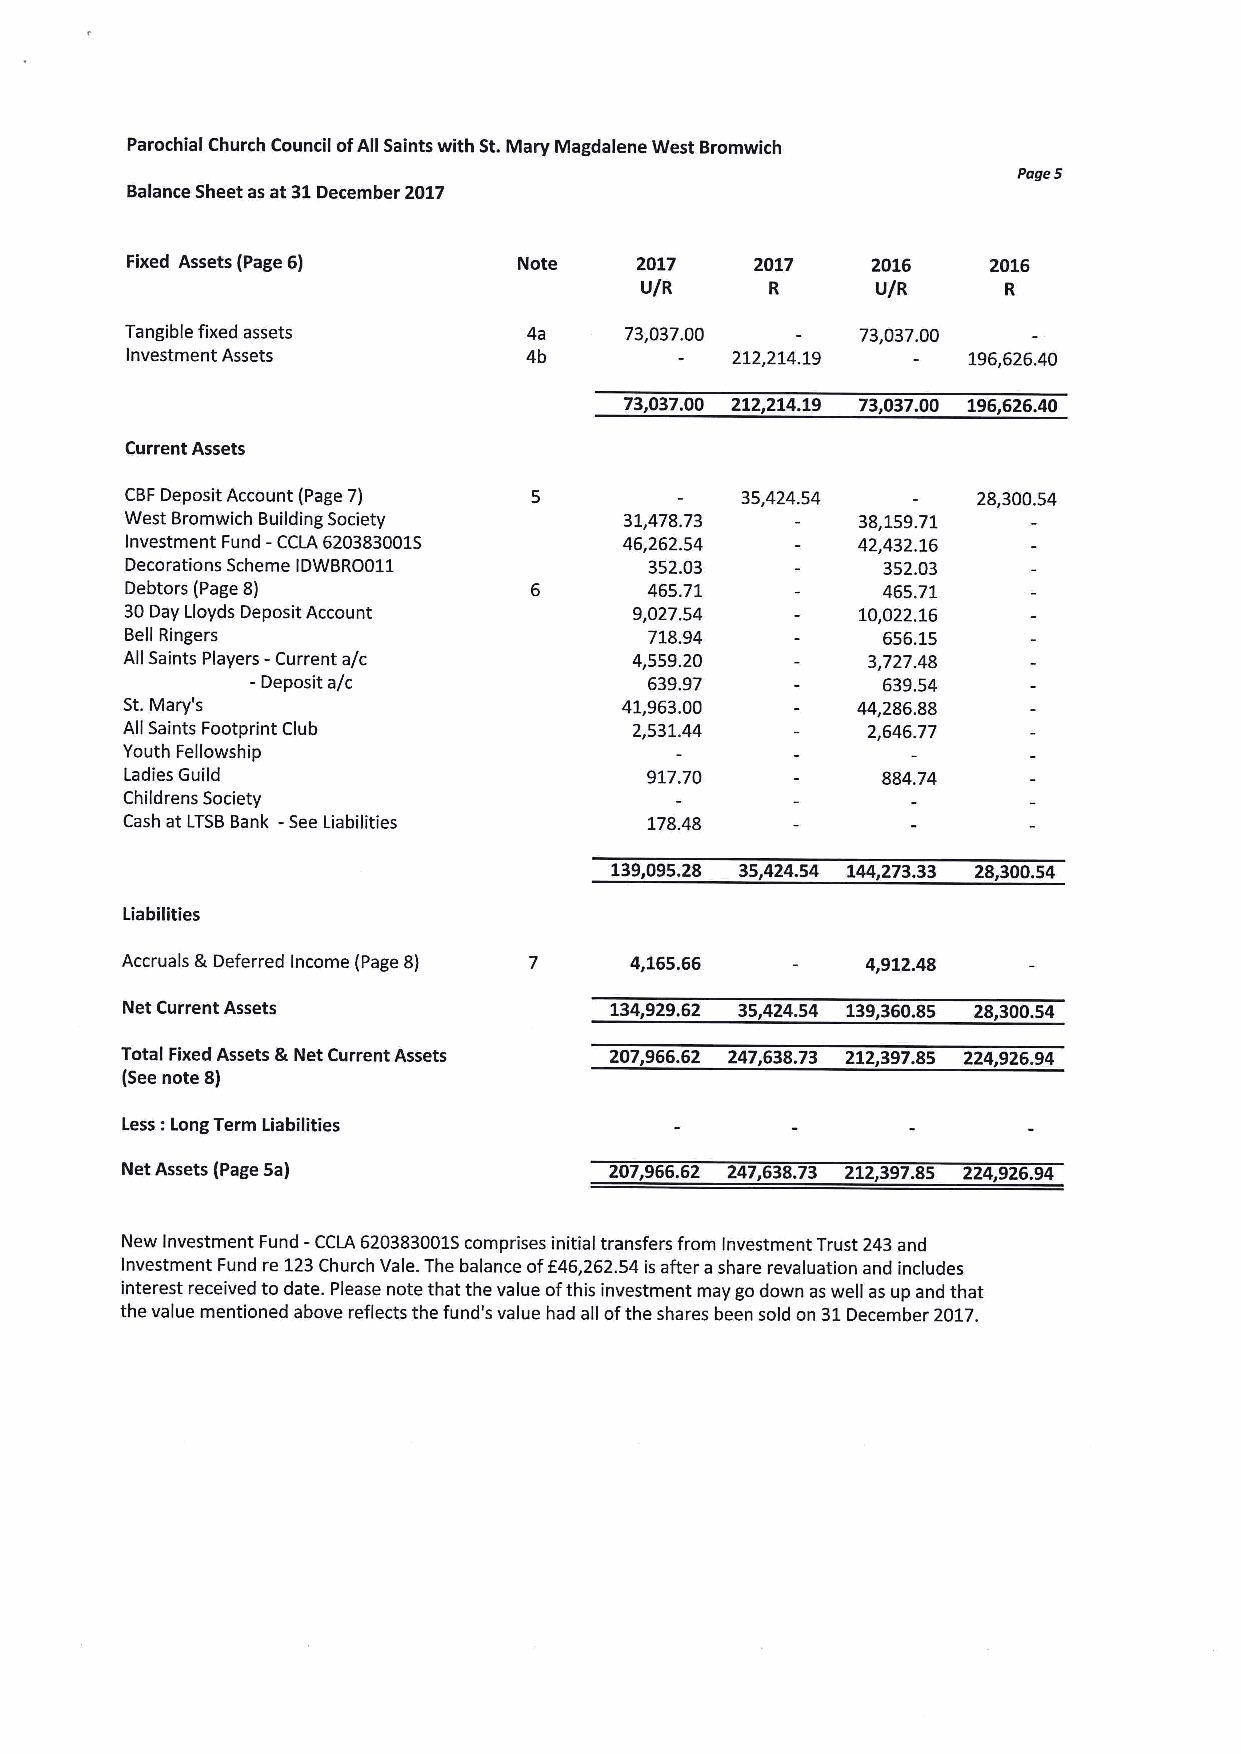
Parochial Church Council ofAll Saints with St.Mary Magdalene West Bromwich
 Pages
 Balance Sheet as at 31December 2017
 Fixed Assets (Page 6)     Note    2017    2017    2016   2016
 U/R      R      U/R     R
 Tangible fixed assets      4a    73,037.00       73,037.00
 Investment Assets          4b           212,214.19      196,626.40
 73,037.00 212,214.19 73,037.00 196,626.40
 Current Assets
 CBFDeposit Account (Page 7)              35,424.54       28,300.54
 West Bromwich Building Society   31,478.73       38,159.71
 Investment Fund - CCLA 6203830015 46,262.54      42,432.16
 Decorations Scheme IDWBRO011       352.03         352.03
 Debtors (Page 8)                   465.71         465.71
 30Day Lloyds Deposit Account      9,027.54       10,022.16
 Bell Ringers                       718.94         656.15
 All Saints Players - Current a/c  4,559.20       3,72748
 —Deposit a/c              639.97         639.54
 St.Mary' s                       41,963.00       44,286.88
 All Saints Footprint Club         2,531.44       2,646.77
 Youth Fellowship
 Ladies Guild                       917.70         884.74
 Childrens Society
 Cash at LTSBBank -See Liabilities  178.48
 139,095.28 35,424.54 144,273.33 28,300.54
 Liabilities
 Accruals &Deferred Income (Page 8) 4,165.66      4,912.48
 Net Current Assets              134,929.62 35,424.54 139,360.85 28,300.54
 Total Fixed Assets &Net Current Assets 207,966.62 247,638.73 212,397.85 224,926.94
 (Seenote 8)
 Less:Long Term Liabilities
 Net Assets (Page 5a)            207,966.62 247,638.73 212,397.85 224,926.94
 New Investment Fund - CCLA 620383001Scomprises initial transfers from Investment Trust 243and
 Investment Fund re 123Church Vale.The balance off46,262.54isafter ashare revaluation and includes
 interest received to date. Please note that the value ofthis investment may go down as well as up and that
 the value mentioned above reflects the fund's value had all ofthe shares been sold on 31December 2017.